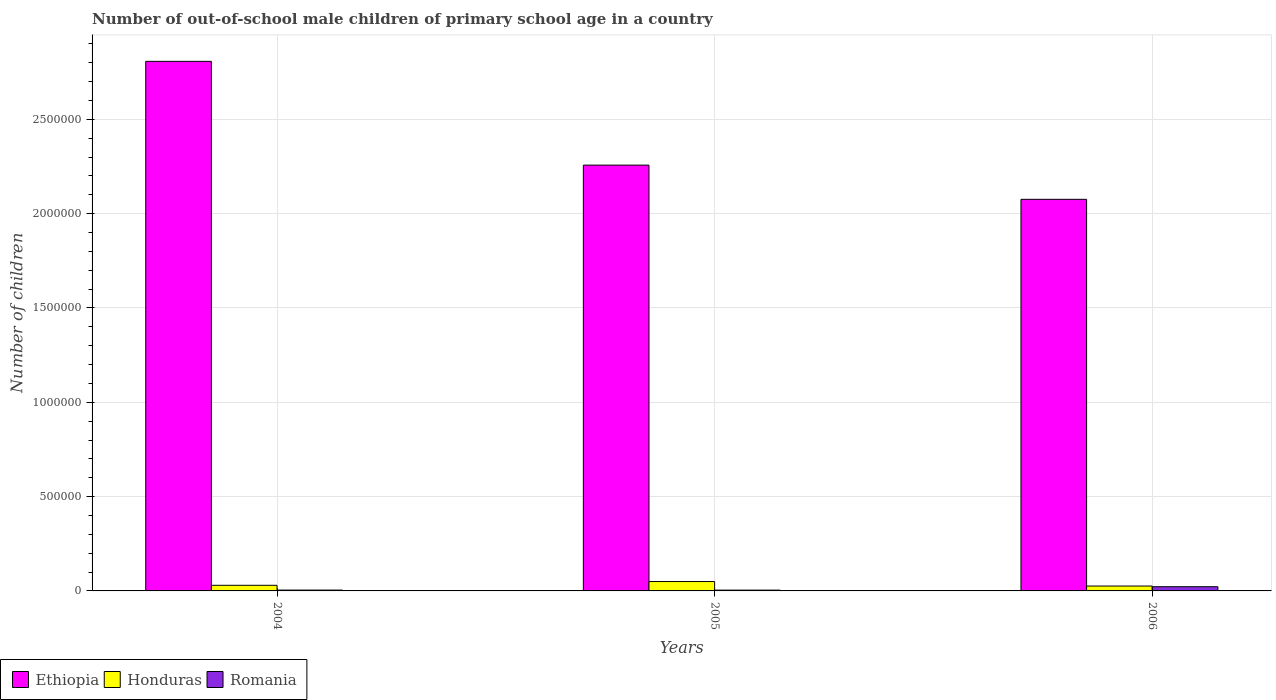
| Years | Ethiopia | Honduras | Romania |
 | --- | --- | --- | --- |
 | 2004 | 2.81e+06 | 2.98e+04 | 4.4e+03 |
 | 2005 | 2.26e+06 | 4.97e+04 | 4.22e+03 |
 | 2006 | 2.08e+06 | 2.59e+04 | 2.22e+04 |